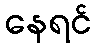
နေရင်